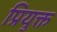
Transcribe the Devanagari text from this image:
प्रियुक्त